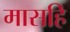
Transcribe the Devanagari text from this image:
मासहि